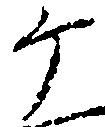
ヶ